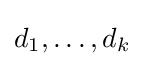
d_{1},\ldots ,d_{k}